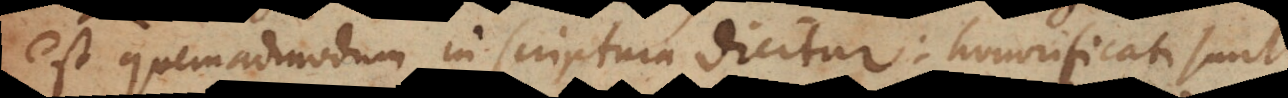
est quemadmodum in scriptura dicitur: honorificati sunt